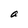
Character: a